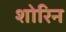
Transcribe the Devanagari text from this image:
शोरिन